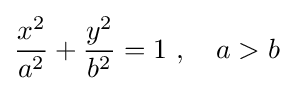
{\frac {x^{2}}{a^{2}}}+{\frac {y^{2}}{b^{2}}}=1\ ,\quad a>b\